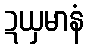
ဍယှမာနံ